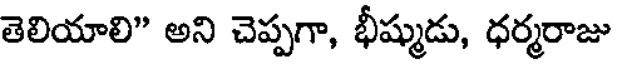
తెలియాలి" అని చెప్పగా, భీష్ముడు, ధర్మరాజు